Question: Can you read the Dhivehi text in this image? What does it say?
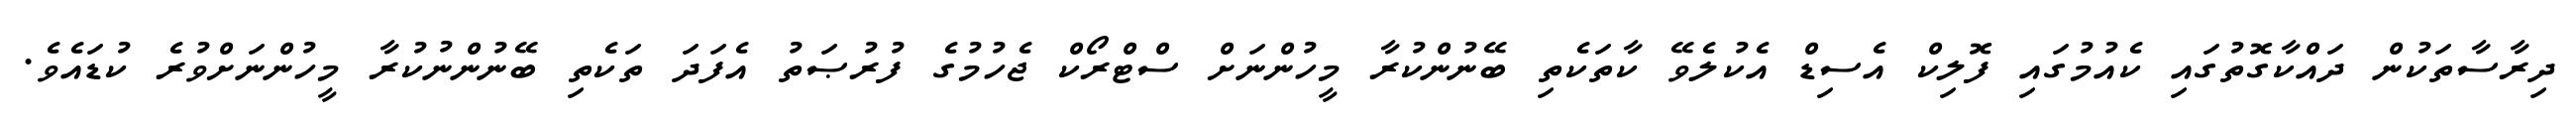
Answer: ދިރާސާތަކުން ދައްކާގޮތުގައި ކެއުމުގައި ފޮލިކް އެސިޑް އެކުލެވޭ ކާތަކެތި ބޭނުންކުރާ މީހުންނަށް ސްޓްރޯކް ޖެހުމުގެ ފުރުޞަތު އެފަދަ ތަކެތި ބޭނުންނުކުރާ މީހުންނަށްވުރެ ކުޑައެވެ.